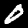
Label: 0